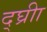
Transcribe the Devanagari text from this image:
द्घ्रीा